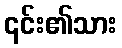
၎င်း၏သား